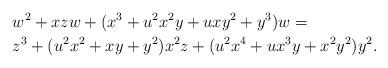
LaTeX: \begin{align*}& w^2 + xzw + (x^3 + u^2x^2y + uxy^2 + y^3)w = \\& z^3 + (u^2x^2 + xy + y^2)x^2z + (u^2x^4 + ux^3y + x^2y^2)y^2.\end{align*}